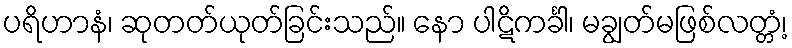
ပရိဟာနံ၊ ဆုတတ်ယုတ်ခြင်းသည်။ နော ပါဋိကင်္ခါ၊ မချွတ်မဖြစ်လတ္တံ့၊